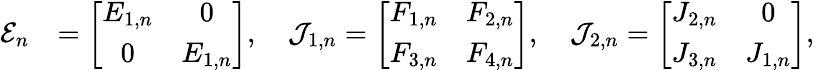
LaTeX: \begin{array}{rl}{\mathcal{E}_{n}}&{=\left[\begin{array}{cc}{E_{1,n}}&{0}\\ {0}&{E_{1,n}}\end{array}\right],\quad\mathcal{J}_{1,n}=\left[\begin{array}{cc}{F_{1,n}}&{F_{2,n}}\\ {F_{3,n}}&{F_{4,n}}\end{array}\right],\quad\mathcal{J}_{2,n}=\left[\begin{array}{cc}{J_{2,n}}&{0}\\ {J_{3,n}}&{J_{1,n}}\end{array}\right],}\end{array}